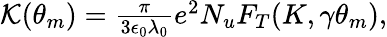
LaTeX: \begin{array}{r}{\mathcal{K}(\theta_{m})=\frac{\pi}{3\epsilon_{0}\lambda_{0}}e^{2}N_{u}F_{T}(K,\gamma\theta_{m}),}\end{array}